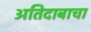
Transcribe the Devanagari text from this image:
अतिदाबाचा